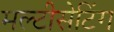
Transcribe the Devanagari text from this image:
मल्टीसेटिंग